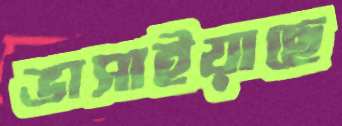
ভাসাইয়াছে